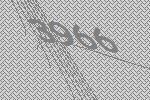
3966